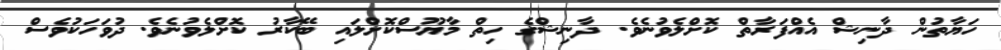
ހަޔާތުން ދާނިޝް އެއްފަރާތް ކޮށްލެވުނެވެ. ދާނިޝްގެ ހިތް މާޔޫސްކޮށްލައި ބޭކާރު ކޮށްލެވުނެވެ. ދުވަހަކުވެސް